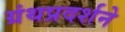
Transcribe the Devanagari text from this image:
ग्रंथप्रदर्शने